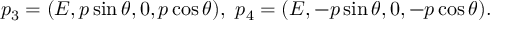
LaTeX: p _ { 3 } = ( E , p \sin \theta , 0 , p \cos \theta ) , ~ p _ { 4 } = ( E , - p \sin \theta , 0 , - p \cos \theta ) .